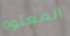
المعتوه